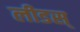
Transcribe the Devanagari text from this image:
लीडस्